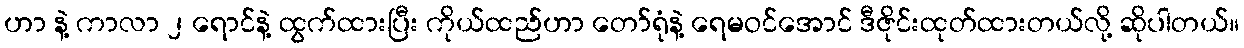
ဟာ နဲ့ ကာလာ ၂ ရောင်နဲ့ ထွက်ထားပြီး ကိုယ်ထည်ဟာ တော်ရုံနဲ့ ရေမဝင်အောင် ဒီဇိုင်းထုတ်ထားတယ်လို့ ဆိုပါတယ်။